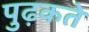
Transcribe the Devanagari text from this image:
पुढ़कते